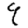
Digit: 9